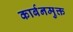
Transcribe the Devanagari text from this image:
कार्बनमुक्त